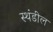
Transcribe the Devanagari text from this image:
स्थंडील